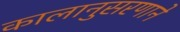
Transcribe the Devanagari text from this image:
कालानुसरणाने